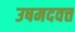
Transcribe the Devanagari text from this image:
उषमदवत्त